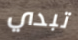
تبدي